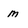
Character: M